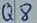
Text: Q8